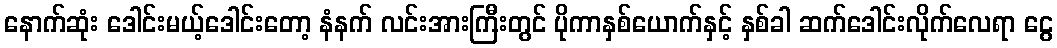
နောက်ဆုံး ဒေါင်းမယ့်ဒေါင်းတော့ နံနက် လင်းအားကြီးတွင် ပိုကာနှစ်ယောက်နှင့် နှစ်ခါ ဆက်ဒေါင်းလိုက်လေရာ ငွေ